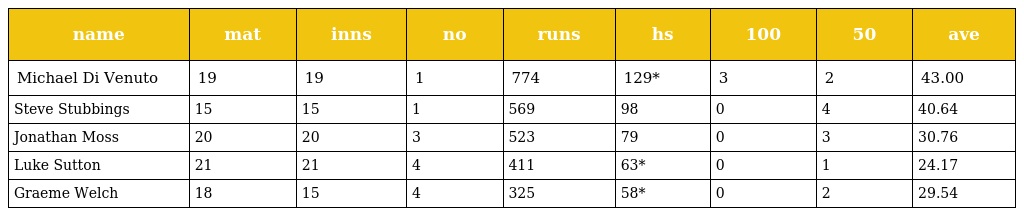
| name | mat | inns | no | runs | hs | 100 | 50 | ave |
 | --- | --- | --- | --- | --- | --- | --- | --- | --- |
 | Michael Di Venuto | 19 | 19 | 1 | 774 | 129* | 3 | 2 | 43.00 |
 | Steve Stubbings | 15 | 15 | 1 | 569 | 98 | 0 | 4 | 40.64 |
 | Jonathan Moss | 20 | 20 | 3 | 523 | 79 | 0 | 3 | 30.76 |
 | Luke Sutton | 21 | 21 | 4 | 411 | 63* | 0 | 1 | 24.17 |
 | Graeme Welch | 18 | 15 | 4 | 325 | 58* | 0 | 2 | 29.54 |